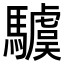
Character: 𩦢